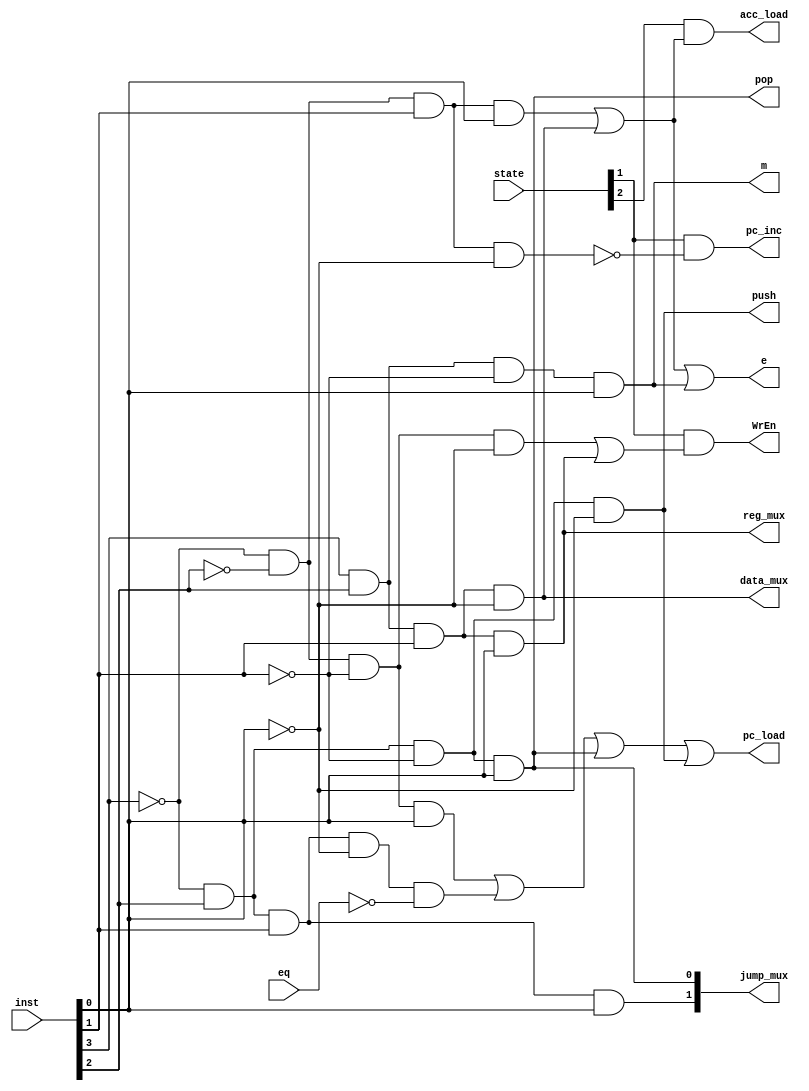
module Decoder
(
	input [3:0] state,
	input [3:0] inst,
	input eq,
	output [1:0] jump_mux,
	output WrEn,
	output pc_load,
	output pc_inc,
	output acc_load,
	output e,
	output m,
	output push,
	output pop,
	output data_mux,
	output reg_mux
);
	wire lda, sta, jmp, stp, jms, bbl, ldr, str, mul, jeq, jmc;
	wire fetch, exec1, exec2, exec3;
	
	assign sta = ~inst[3] & ~inst[2] & ~inst[1] & ~inst[0];
	assign jmp = ~inst[3] & ~inst[2] & ~inst[1] & inst[0];
	assign stp = ~inst[3] & ~inst[2] & inst[1] & ~inst[0];
	assign lda = ~inst[3] & ~inst[2] & inst[1] & inst[0];
	assign jms = ~inst[3] & inst[2] & ~inst[1] & ~inst[0];
	assign bbl = ~inst[3] & inst[2] & ~inst[1] & inst[0];
	assign ldr = inst[3] & inst[2] & inst[1] & ~inst[0];
	assign str = inst[3] & inst[2] & inst[1] & inst[0];
	assign mul = inst[3] & inst[2] & ~inst[1] & inst[0];
	assign jeq = ~inst[3] & inst[2] & inst[1] & ~inst[0];
	assign jmc = ~inst[3] & inst[2] & inst[1] & inst[0];
	
	assign fetch = state[0];
	assign exec1 = state[1];
	assign exec2 = state[2];
	assign exec3 = state[3];
	
	assign e = lda | ldr | mul;
	assign m = mul;
	assign WrEn = exec1 & (sta | str);
	assign pc_load = jmp | jeq & ~eq | bbl | jms;
	assign pc_inc = exec1 & ~stp; // fetch | (exec1 & ~e) | (exec2 & ~m) | exec3;
	assign acc_load = exec2 & (lda | ldr);
	assign jump_mux[0] = bbl;
	assign jump_mux[1] = jmc;
	assign push = jms;
	assign pop = bbl;
	assign data_mux = ldr;
	assign reg_mux = str;

endmodule